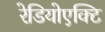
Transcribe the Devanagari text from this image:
रेडियोएक्टि